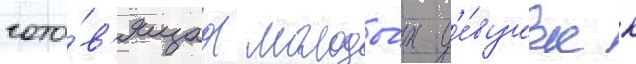
гото́в'ящаа молоды́х д'е́вушек к